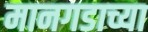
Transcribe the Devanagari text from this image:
मानगडाच्या